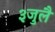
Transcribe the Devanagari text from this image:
३जुलै